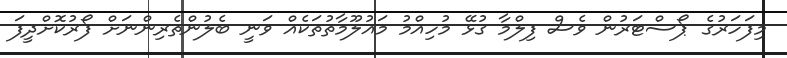
މިފަހަރުގެ ޕޯސްޓަރުން ވެސް ފިލްމާ ގުޅޭ މުހިއްމު މައުލޫމާތުތަކެއް ވަނީ ބެލުންތެރިންނަށް ފޯރުކޮށްދީފަ